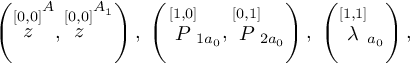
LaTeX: \left( \stackrel { [ 0 , 0 ] } { z } ^ { A } , \stackrel { [ 0 , 0 ] } { z } ^ { A _ { 1 } } \right) , \; \left( \stackrel { [ 1 , 0 ] } { \cal P } _ { 1 a _ { 0 } } , \stackrel { [ 0 , 1 ] } { \cal P } _ { 2 a _ { 0 } } \right) , \; \left( \stackrel { [ 1 , 1 ] } { \lambda } _ { a _ { 0 } } \right) ,